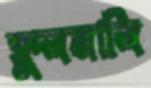
ফুলমালি